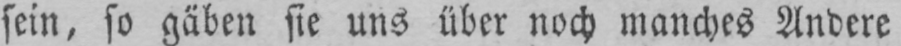
sein, so gäben sie uns über noch manches Andere